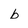
Character: b